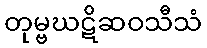
တုမ္ဗဃဋိဆဝသီသံ